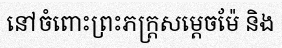
នៅចំពោះព្រះភក្ត្រសម្តេចម៉ែ និង